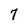
Character: 7